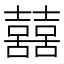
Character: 𡅕